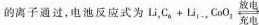
的离子通过，电池反应式为 $$L i _ { 0 } C _ { 6 } + L i _ { 1 - & } C o O _ { 2 } \underset{ 充 电 }{\overset{ 放 电 }{\rightleftharpoons }}}